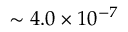
\sim 4 . 0 \times 1 0 ^ { - 7 }